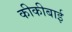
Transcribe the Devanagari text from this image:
कीकीबाई